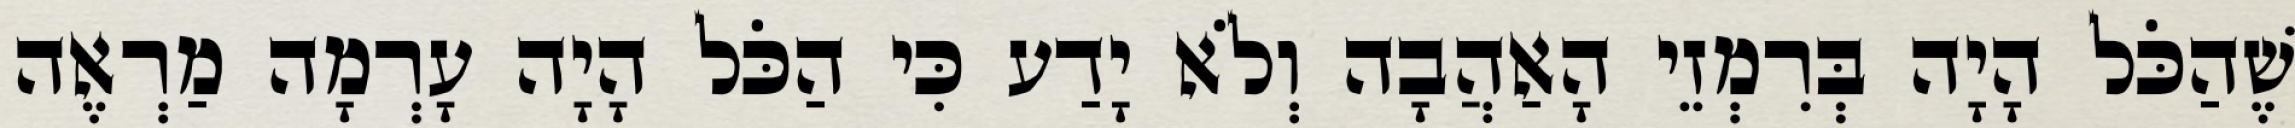
שֶׁהַכֹּל הָיָה בְּרִמְזֵי הָאַהֲבָה וְלֹא יָדַע כִּי הַכֹּל הָיָה עָרְמָה מַרְאֶה